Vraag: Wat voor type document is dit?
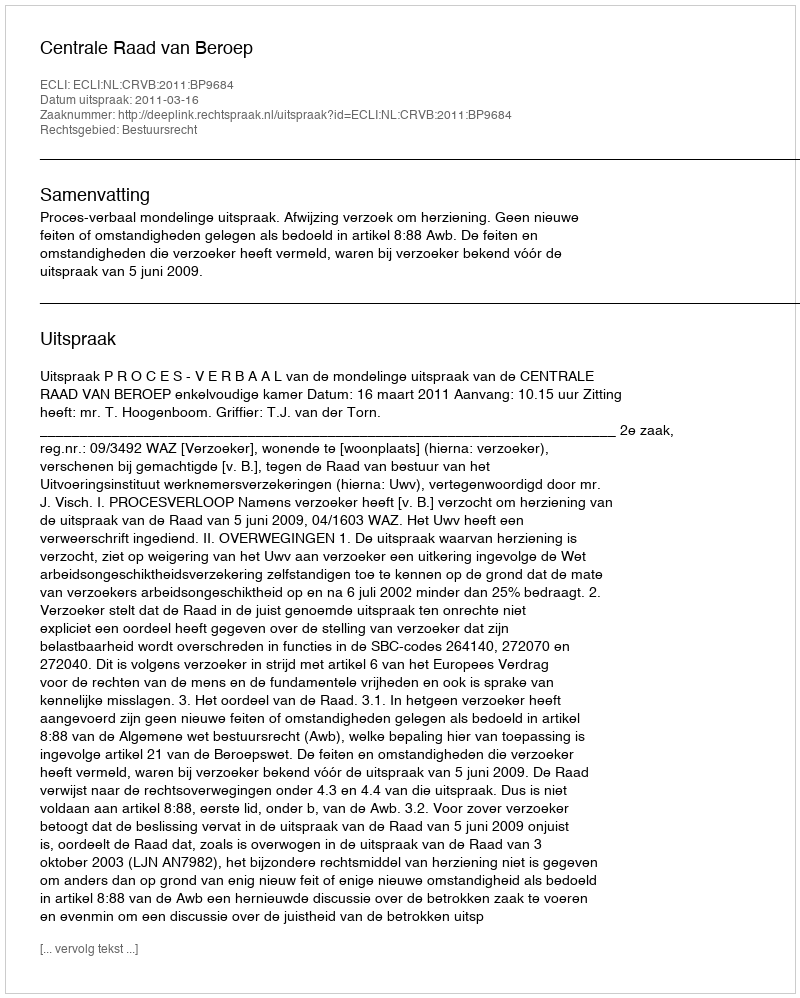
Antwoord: Uitspraak